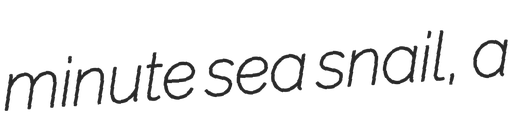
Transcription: minute sea snail, a